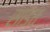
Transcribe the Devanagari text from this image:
सांडत